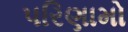
પરિણામો